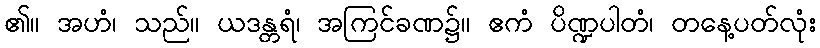
၏။ အဟံ၊ သည်။ ယဒန္တရံ၊ အကြင်ခဏ၌။ ဧကံ ပိဏ္ဍပါတံ၊ တနေ့ပတ်လုံး